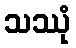
သဿုံ